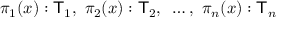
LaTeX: \pi _ { 1 } ( x ) : { \mathsf { T } } _ { 1 } , ~ \pi _ { 2 } ( x ) : { \mathsf { T } } _ { 2 } , ~ \ldots , ~ \pi _ { n } ( x ) : { \mathsf { T } } _ { n }